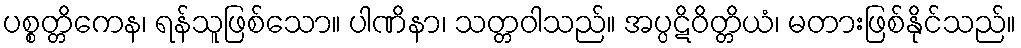
ပစ္စတ္တိကေန၊ ရန်သူဖြစ်သော။ ပါဏိနာ၊ သတ္တဝါသည်။ အပ္ပဋိဝိတ္တိယံ၊ မတားဖြစ်နိုင်သည်။